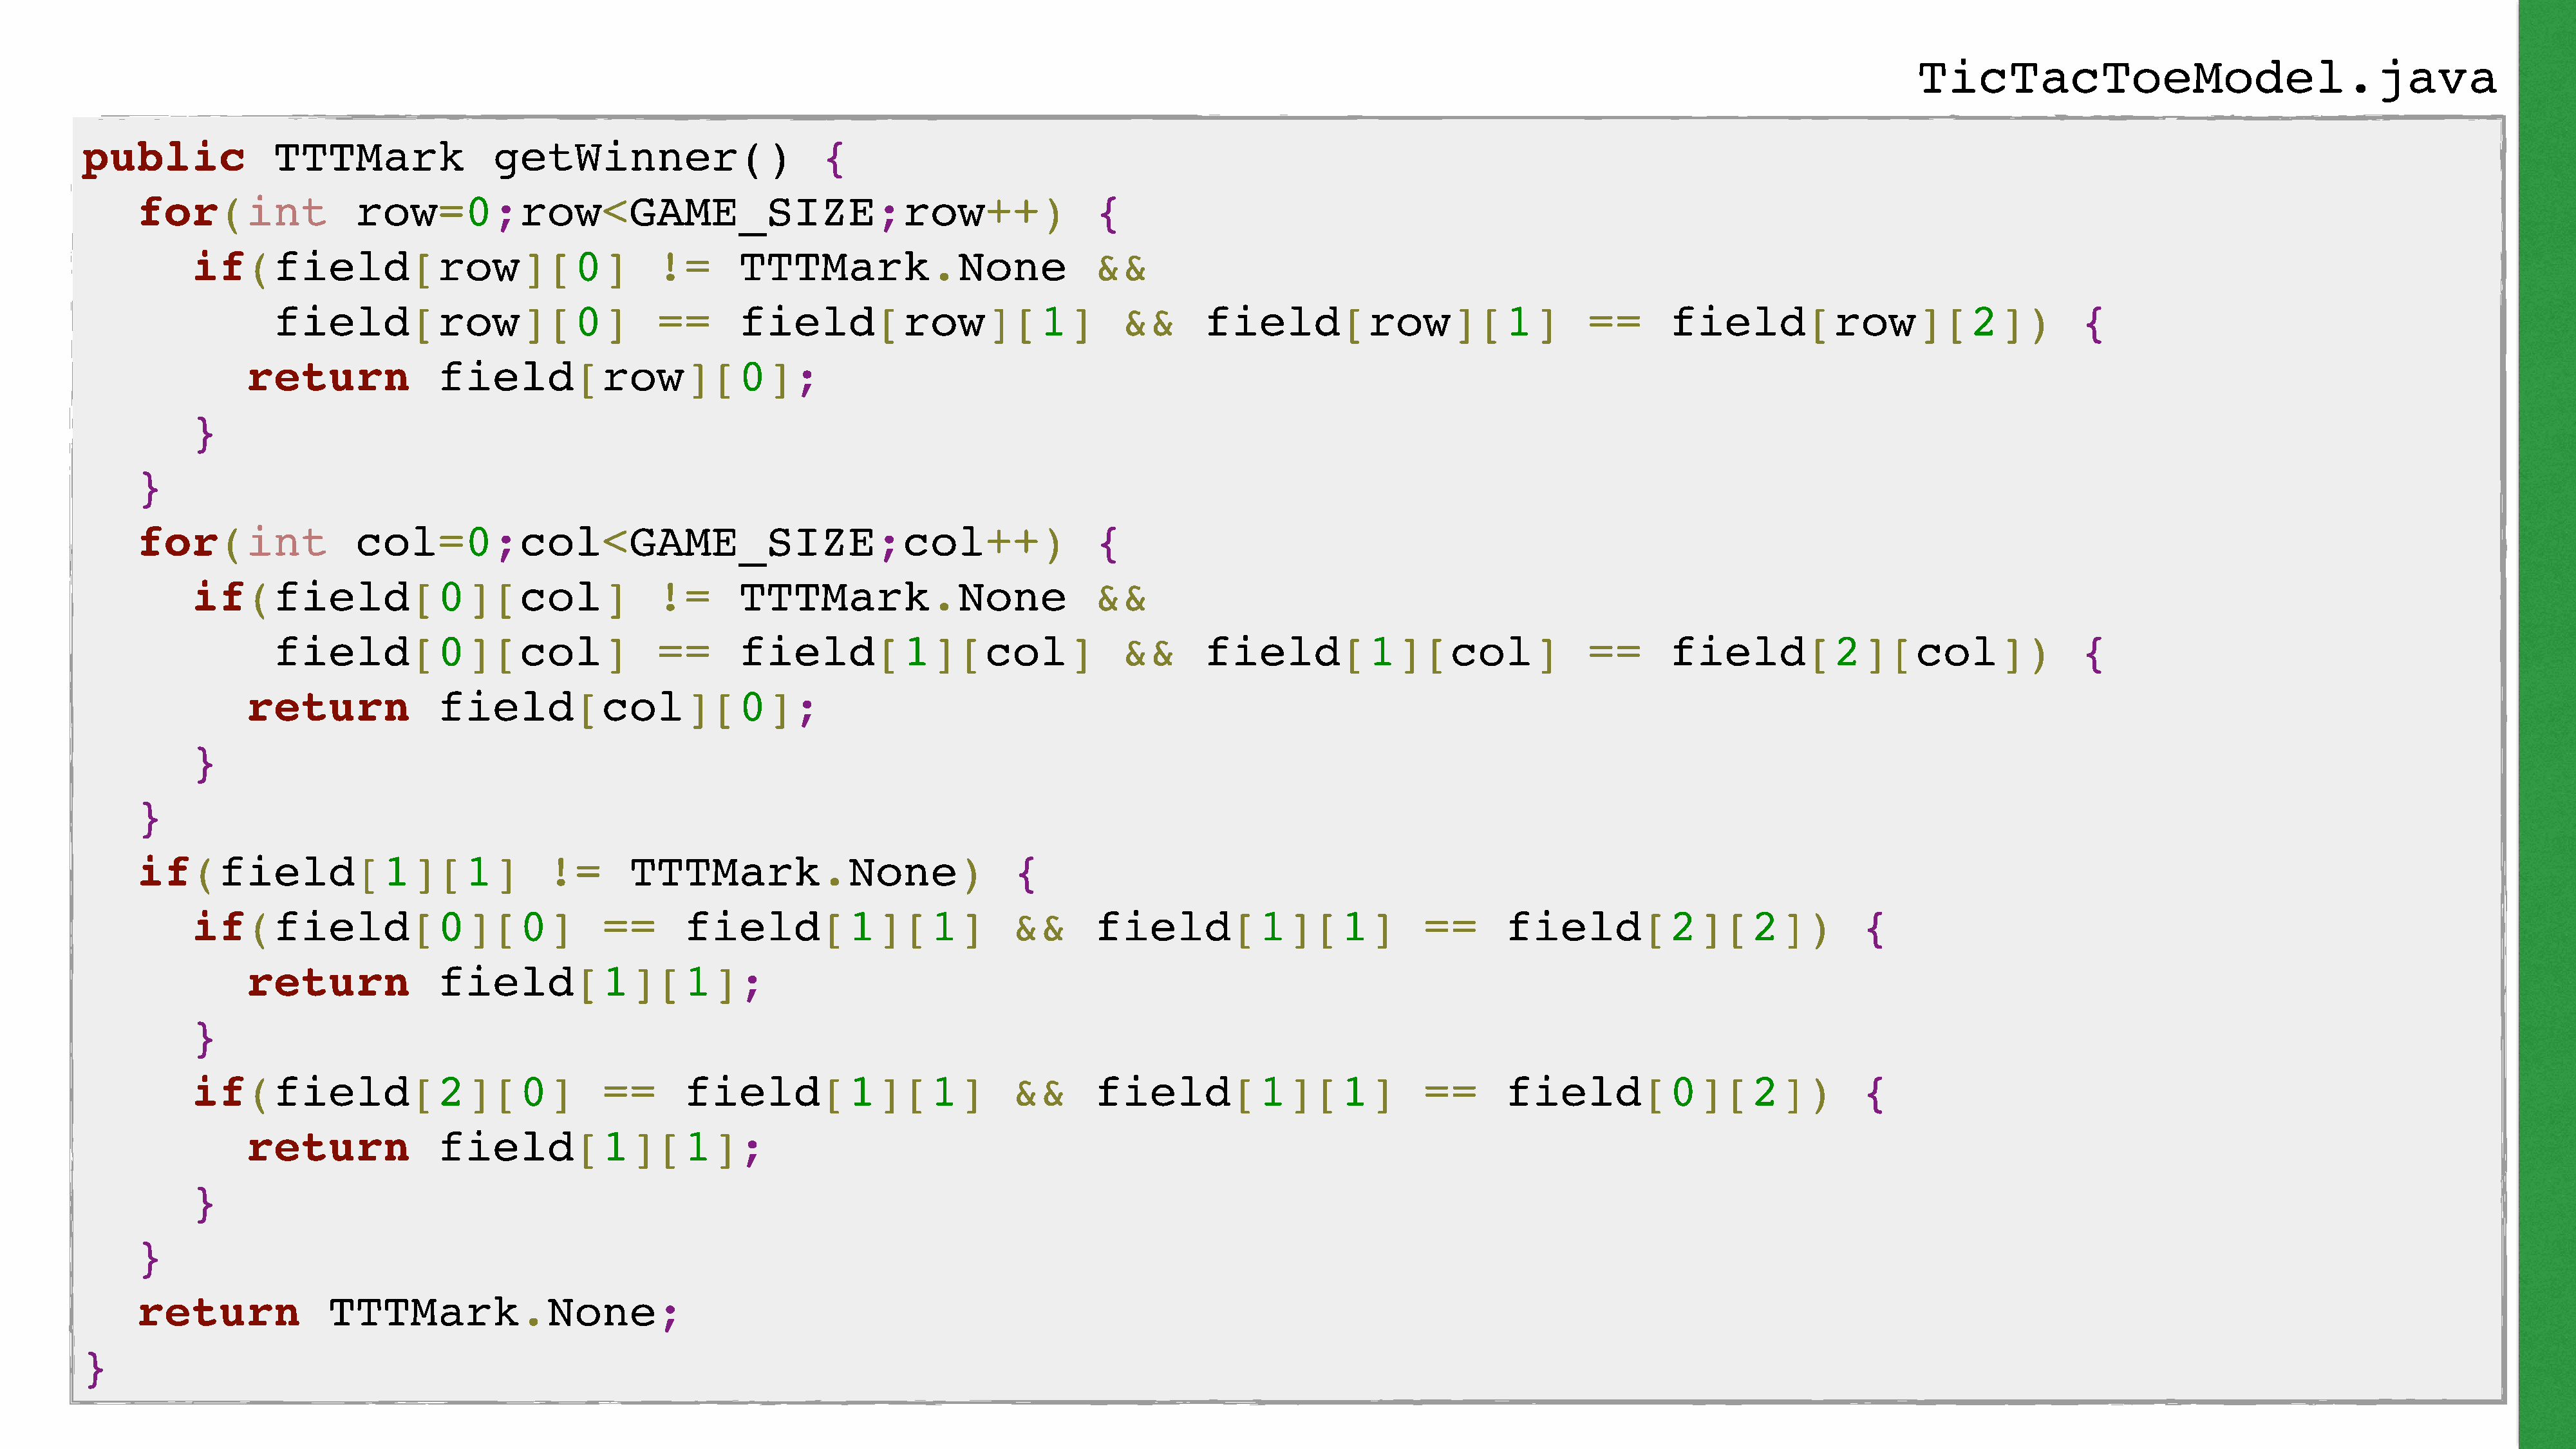
TicTacToeModel.java
 public              TTTMark                getWinner()                      {
 for(int                row=0;row<GAME_SIZE;row++)                                                  {
 if(field[row][0]                                !=      TTTMark.None                         &&
 field[row][0]                           ==      field[row][1]                          &&       field[row][1]                          ==       field[row][2])                            {
 return              field[row][0];
 }
 }
 for(int                col=0;col<GAME_SIZE;col++)                                                  {
 if(field[0][col]                                !=      TTTMark.None                         &&
 field[0][col]                           ==      field[1][col]                          &&       field[1][col]                          ==       field[2][col])                            {
 return              field[col][0];
 }
 }
 if(field[1][1]                            !=       TTTMark.None)                          {
 if(field[0][0]                            ==      field[1][1]                       &&       field[1][1]                      ==       field[2][2])                        {
 return              field[1][1];
 }
 if(field[2][0]                            ==      field[1][1]                       &&       field[1][1]                      ==       field[0][2])                        {
 return              field[1][1];
 }
 }
 return              TTTMark.None;
 }